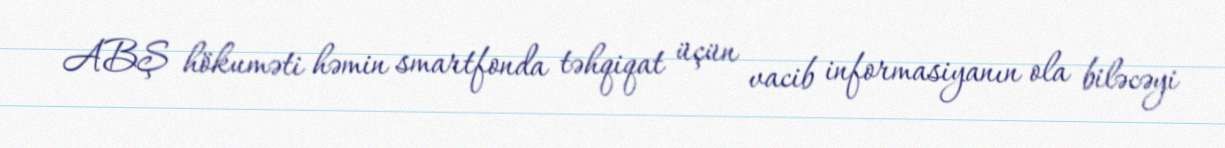
ABŞ hökuməti həmin smartfonda təhqiqat üçün vacib informasiyanın ola biləcəyi